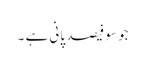
جو سو فیصد پانی ہے ۔